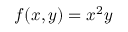
f ( x , y ) = x ^ { 2 } y